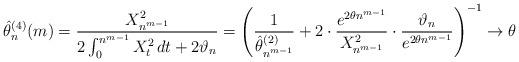
LaTeX: \begin{align*}\hat\theta_n^{(4)}(m)=\frac{X_{n^{m-1}}^2}{2\int_0^{n^{m-1}}X^2_t\,dt+2\vartheta_n}=\left(\frac{1}{\hat\theta_{n^{m-1}}^{(2)}}+2\cdot\frac{e^{2\theta n^{m-1}}}{X_{n^{m-1}}^2}\cdot\frac{\vartheta_n}{e^{2\theta n^{m-1}}}\right)^{-1}\to\theta\end{align*}